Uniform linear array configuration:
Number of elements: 16
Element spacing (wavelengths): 0.75
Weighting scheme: binomial
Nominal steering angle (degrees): -60
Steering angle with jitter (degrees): -58.917
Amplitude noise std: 0.05
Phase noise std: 0.05

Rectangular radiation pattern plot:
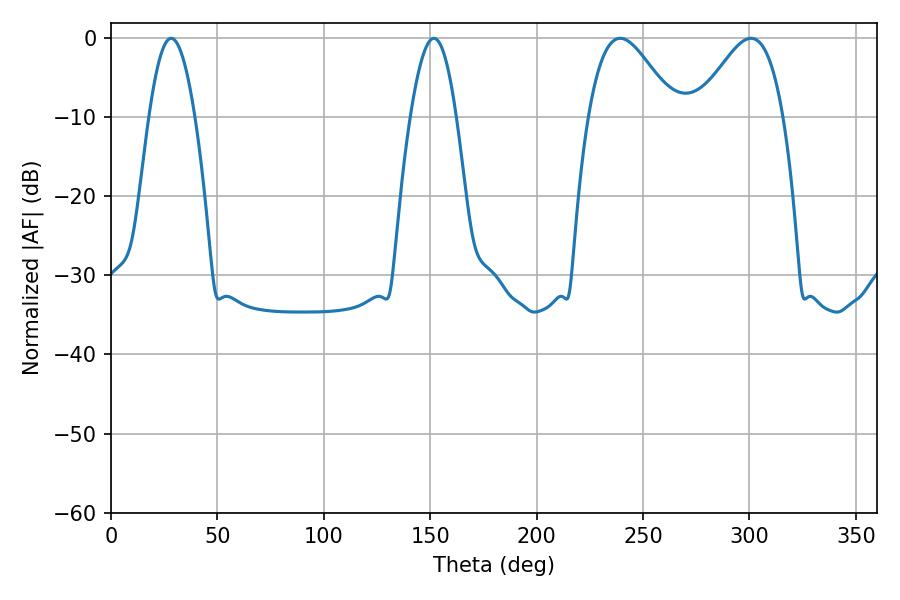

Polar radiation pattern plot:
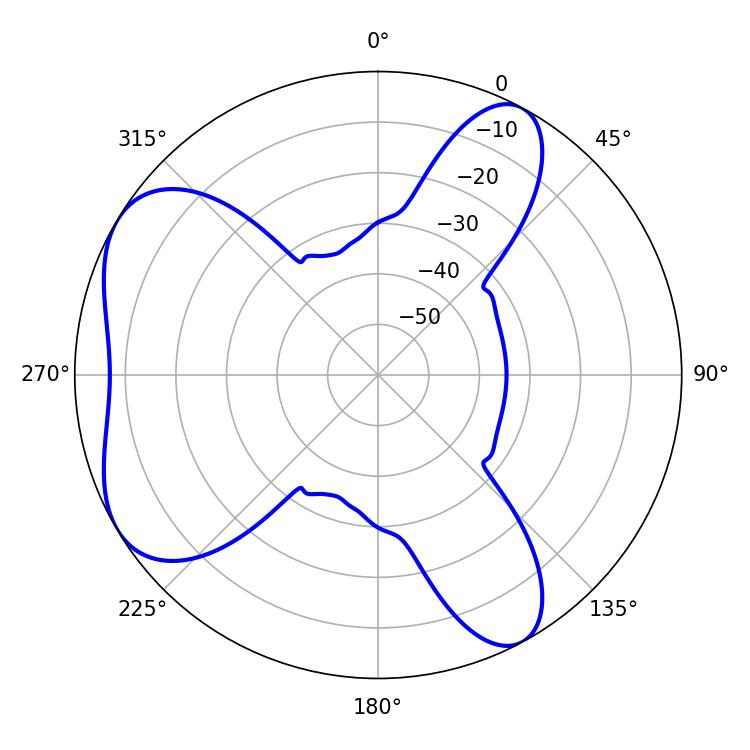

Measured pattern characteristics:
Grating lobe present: TRUE
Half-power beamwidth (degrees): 11.7
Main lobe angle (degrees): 28.26